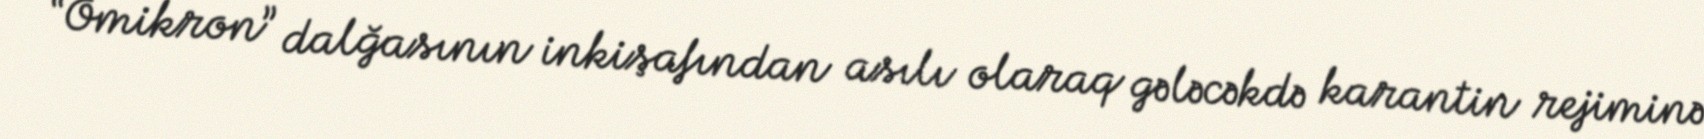
“Omikron” dalğasının inkişafından asılı olaraq gələcəkdə karantin rejiminə